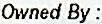
OWNED BY :